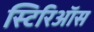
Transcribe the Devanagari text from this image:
स्टिरिऑस